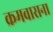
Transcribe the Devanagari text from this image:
क्रमवासना